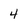
Character: 4